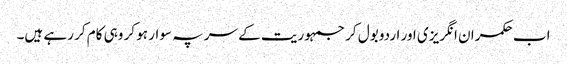
اب حکمران انگریزی اور اردو بول کر جمہوریت کے سر پہ سوار ہو کر وہی کام کر رہے ہیں۔